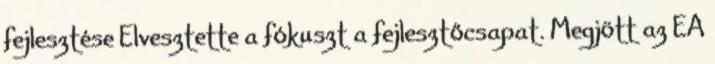
fejlesztése Elvesztette a fókuszt a fejlesztőcsapat. Megjött az EA